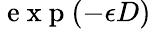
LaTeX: \mathrm{~e~x~p~}(-\epsilon D)